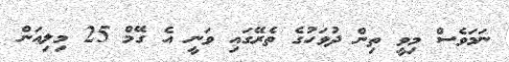
ނަމަވެސް މިވީ ތިން ދުވަހުގެ ތެރޭގައި ވަނީ އެ ގޭމް 25 މިލިއަން